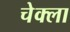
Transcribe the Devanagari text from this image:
चेक्ला